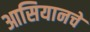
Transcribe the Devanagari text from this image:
आसियानचे